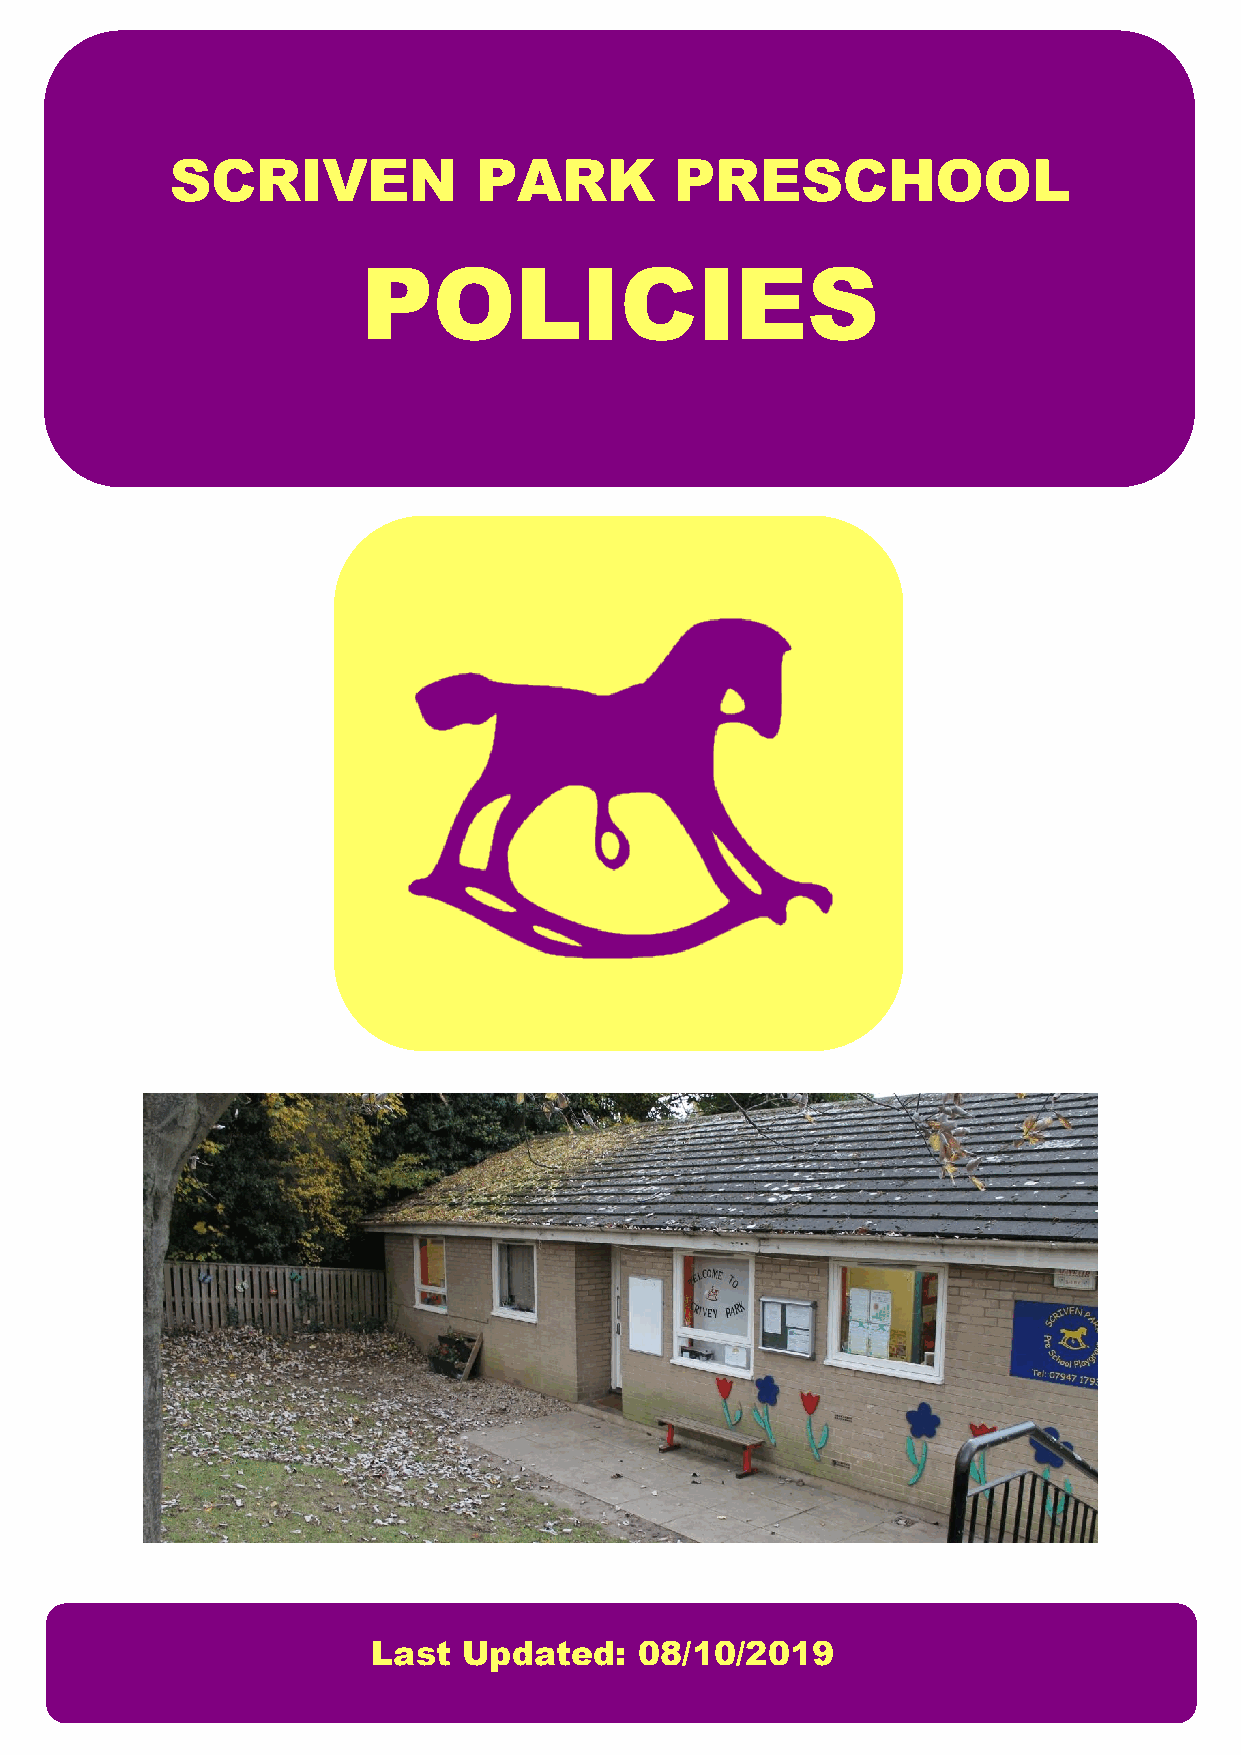
SCRIVEN             PARK          PRESCHOOL
 POLICIES
 Last  Updated:   08/10/2019